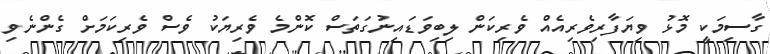
ގާސިމަކީ މޮޅު ވިޔަފާރިވެރިއެއް ވެރިކަން ލިބިވަޑައިނުގަތަސް ކޮންމެ ވެރިޔަކު ވެސް ވެރިކަމަށް ގެންނެވި